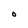
Character: 0